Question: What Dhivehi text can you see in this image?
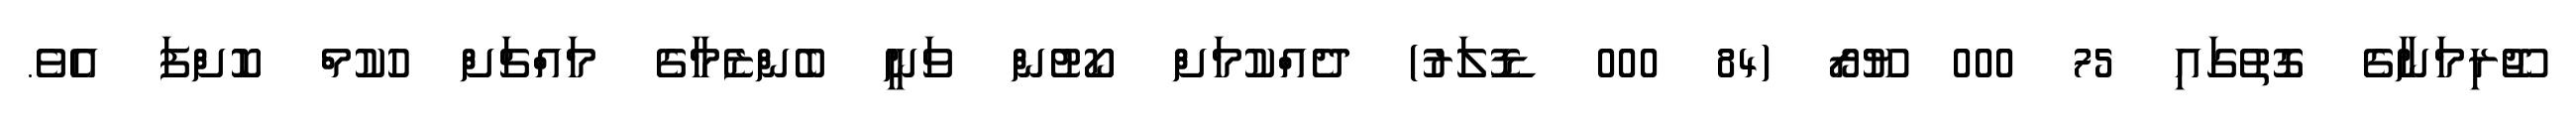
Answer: ޖޫރިމަނާގެ ގޮތުގައި 75 000 ޔޫރޯ (84 000 ޑޮލަރު) ދެއްކުމަށް ކޯޓުން ވަނީ ބެންޒެމާގެ މައްޗަށް ހުކުމް ކޮށްފަ އެވެ.